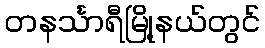
တနင်္သာရီမြို့နယ်တွင်